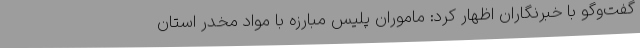
گفت‌وگو با خبرنگاران اظهار کرد: ماموران پلیس مبارزه با مواد مخدر استان